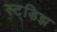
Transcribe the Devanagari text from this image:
स्ट्डिझ